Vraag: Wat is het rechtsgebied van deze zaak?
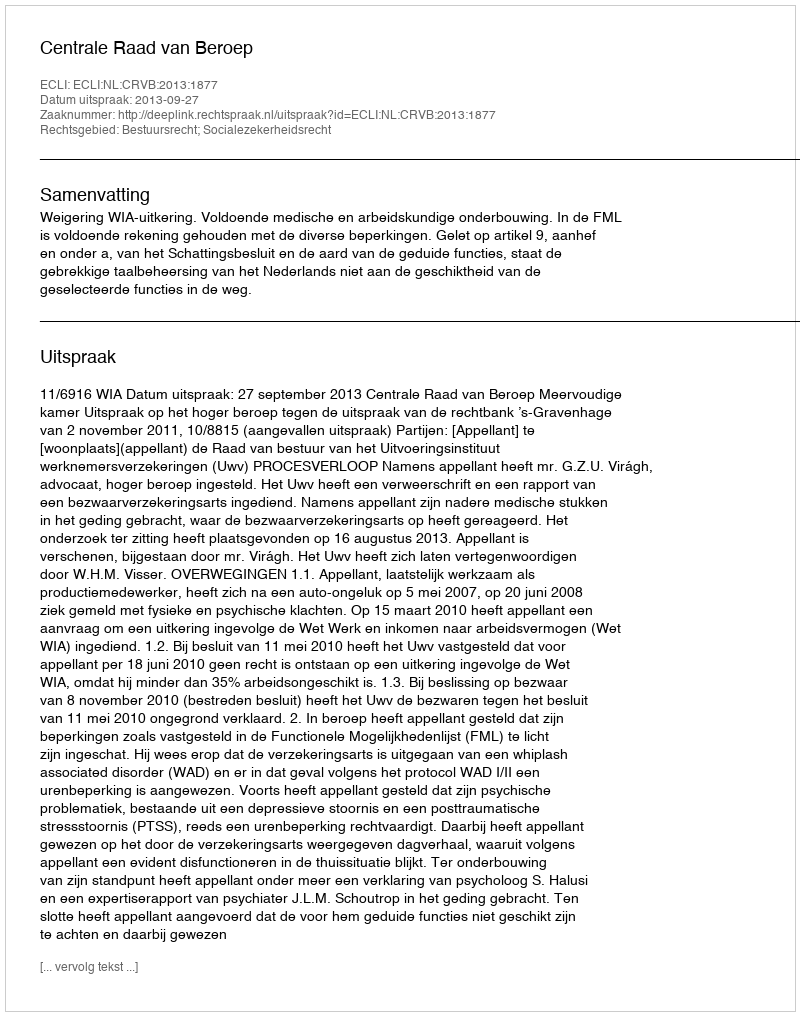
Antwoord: Bestuursrecht; Socialezekerheidsrecht